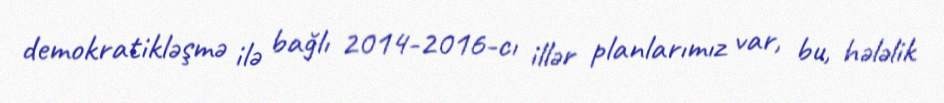
demokratikləşmə ilə bağlı 2014-2016-cı illər planlarımız var, bu, hələlik